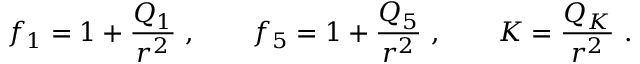
f _ { 1 } = 1 + { \frac { Q _ { 1 } } { r ^ { 2 } } } \ , \qquad f _ { 5 } = 1 + { \frac { Q _ { 5 } } { r ^ { 2 } } } \ , \qquad K = { \frac { Q _ { K } } { r ^ { 2 } } } \ .